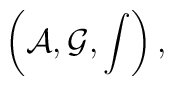
\left({\cal A},{\cal G},\int\right),